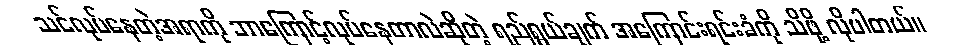
သင်လုပ်နေတဲ့အရာကို ဘာကြောင့်လုပ်နေတာလဲဆိုတဲ့ ရည်ရွယ်ချက် အကြောင်းရင်းခံကို သိဖို့ လိုပါတယ်။